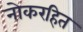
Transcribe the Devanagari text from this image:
नोकरहित